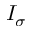
I _ { \sigma }